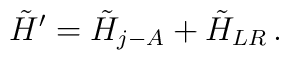
\tilde{H}^{\prime}=\tilde{H}_{j-A}+\tilde{H}_{LR}\,.